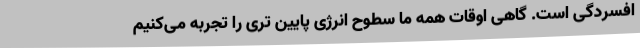
افسردگی است. گاهی اوقات همه ما سطوح انرژی پایین تری را تجربه می‌کنیم